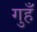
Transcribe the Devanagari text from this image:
गुहँ